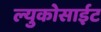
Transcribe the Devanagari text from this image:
ल्युकोसाईट